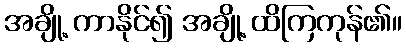
အချို့ ကာနိုင်၍ အချို့ ထိကြကုန်၏။